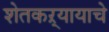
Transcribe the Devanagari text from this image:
शेतकऱ्यायाचे